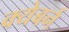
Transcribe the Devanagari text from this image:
क्येबर्न